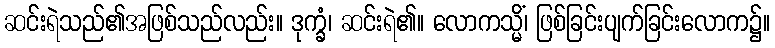
ဆင်းရဲသည်၏အဖြစ်သည်လည်း။ ဒုက္ခံ၊ ဆင်းရဲ၏။ လောကသ္မိံ၊ ဖြစ်ခြင်းပျက်ခြင်းလောက၌။